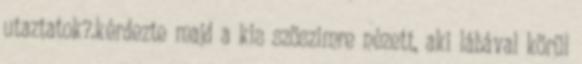
utaztatok?.kérdezte majd a kis szöszimre nézett, aki lábával körül